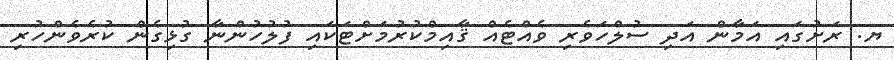
ޔ. ރަށުގައި އަމާން އަދި ސުލްހަވެރި ވެއްޓެއް ޤާއިމްކުރުމަށްޓަކައި ފުލުހުންނާ ގުޅިގެން ކުރެވެންހުރި